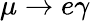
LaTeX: \mu\to e\gamma